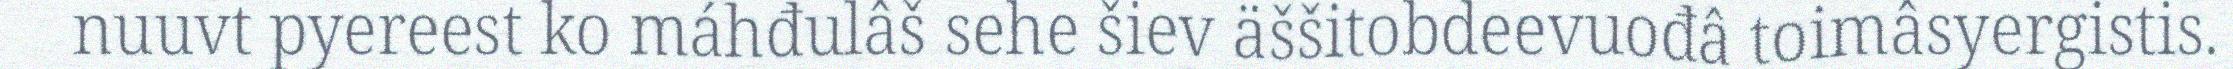
nuuvt pyereest ko máhđulâš sehe šiev äššitobdeevuođâ toimâsyergistis.